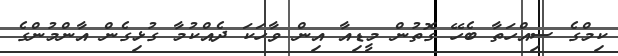
ކިމްގެ ސިއްހަތާ ބެހޭ ގޮތުން މީޑިއާ އިން ވާހަކަ ދެއްކުމާ ގުޅިގެން އާންމުންގެ